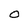
Character: 0